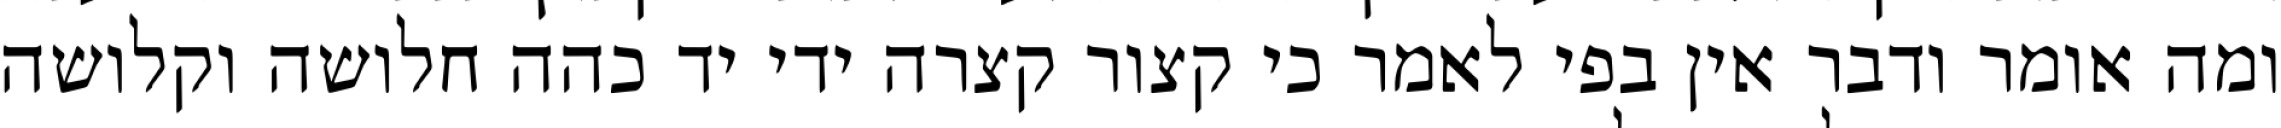
ומה אומר ודבר אין בפי לאמר כי קצור קצרה ידי יד כהה חלושה וקלושה